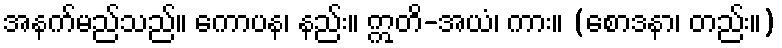
အနက်မည်သည်။ ကောပန၊ နည်း။ ဣတိ-အယံ၊ ကား။ (စောဒနာ၊ တည်း။)